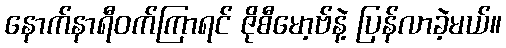
နောက်နာရီဝက်ကြာရင် ဇိုစီမော့ဗ်နဲ့ ပြန်လာခဲ့မယ်။